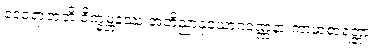
ဒေဝရာဇာတိ ဝိက္ခမ္ဘနဿ အဘိညာနုယောဂဝဏ္ဏနာ ကာမာစာရတ္တာ